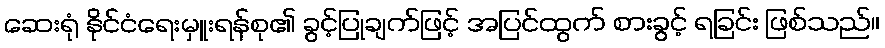
ဆေးရုံ နိုင်ငံရေးမှူးရန်စု၏ ခွင့်ပြုချက်ဖြင့် အပြင်ထွက် စားခွင့် ရခြင်း ဖြစ်သည်။